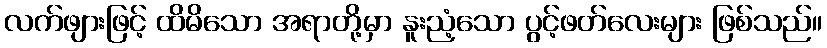
လက်ဖျားဖြင့် ထိမိသော အရာတို့မှာ နူးညံ့သော ပွင့်ဖတ်လေးများ ဖြစ်သည်။